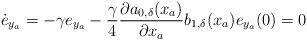
\begin{align*}\dot{e}_{y_a}= -\gamma e_{y_a} -\dfrac{\gamma}{4}\dfrac{\partial a_{0,\delta}(x_a)}{\partial x_a}b_{1,\delta}(x_a) e_{y_a}(0) = 0\end{align*}